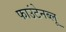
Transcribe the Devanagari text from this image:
फाउंटेनब्‍लू